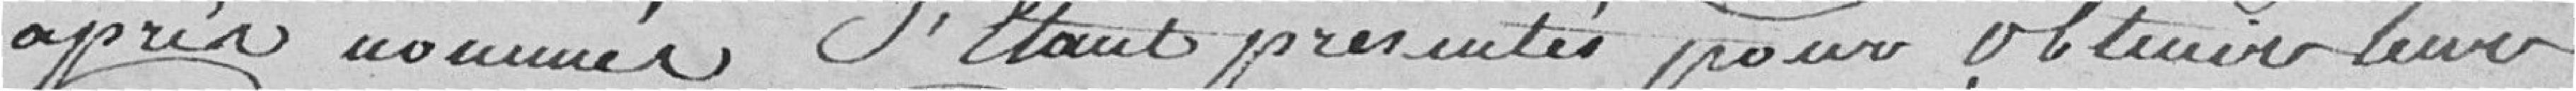
après nommés s'étant présentés pour obtenir leurs